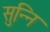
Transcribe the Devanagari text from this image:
सुन्नि